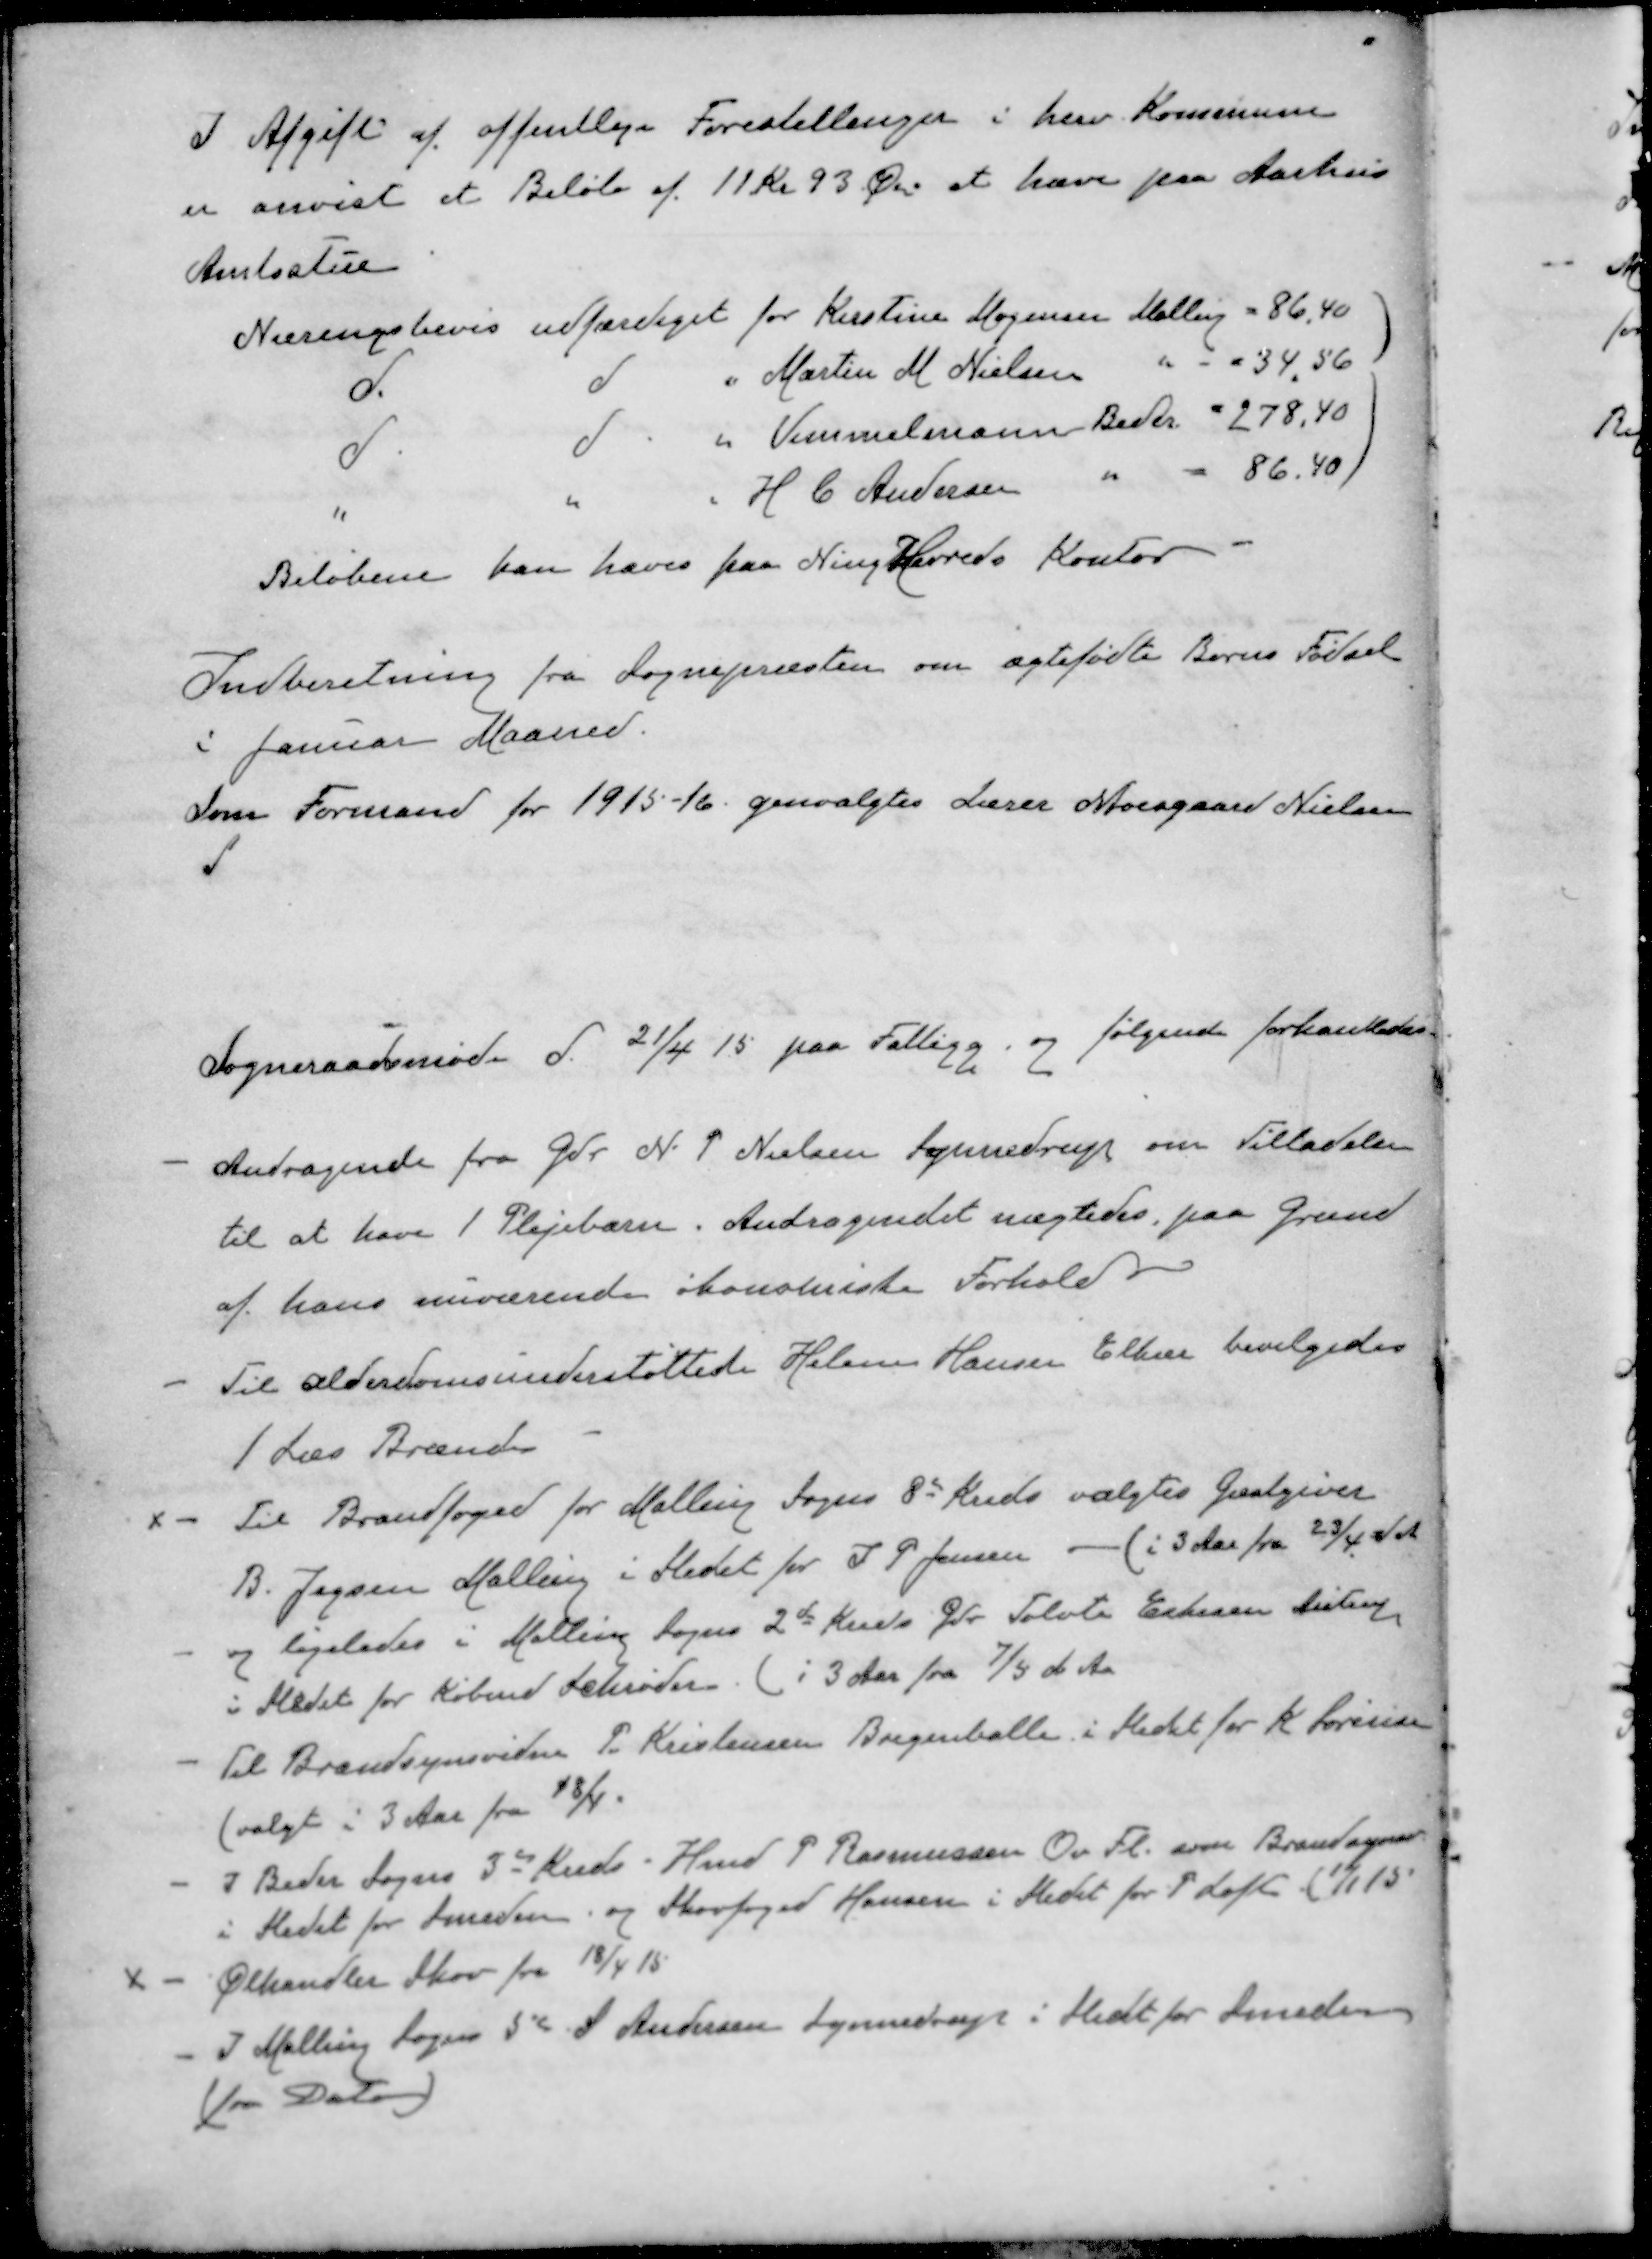
Transskription:
I Afgift af offentlige Forestillinger i herv. Kommune
er anvist et Beløb af 11 Kr 93 Øre at hæve paa Aarhus
Amtsstue
Næringsbevis udfærdiget for Kirstine Mogensen Malling = 86,40
d
d
" Martin M. Nielsen " " 34,56
d
d
" Vemmelmann Beder. " 278,40
"
"
" H. C. Andersen " 86.40)
Beløbene kan haves paa Ning Herreds Kontor
Indberetning fra Sognepræsten om ægtefødte Børns Fødsel
i Januar Maaned.
Som Formand for 1915-16 genvalgtes Lærer Moesgaard Nielsen
Sogneraadsmøde d. 21/4 15 paa Fattigg og følgende forhandledes
- Andragende fra Gdr. N. P. Nielsen Synnedrup om Tilladelse
til at have 1 Plejebarn. Andragendet nægtedes paa Grund
af hans nuværende økonomiske Forhold
- Til alderdomsunderstøttede Holm Hansen Elkær bevilgedes
1 Læs Brænde
- Til Brandfoged for Malling Sogns 8de Kreds valgtes Gæstgiver
B. Jensen Malling i Stedet for I P Jensen - (i 3 Aar fra 23/4 d A
og ligeledes i Malling Sogns 2de Kreds Gdr. Tolvte Eskesen Aiustrup
i Stedet for Købmd Schrøder. (i 3 Aar fra 7/5 d. Aa
- Til Brandsynsvidne P. Kristensen Bregenballe i Stedet for K. Sørensen
(valgt i 3 Aar fra 18/4.
- I Beder Sogns 3de Kreds Hmd P Rasmussen Ov Fl. som Brandsynsv
i Stedet for Smeden og Skovfoged Hansen i Stedet for P Loft ( 1/115
- Ølhandler Skov fra 18/4 15
- I Malling Sogns 5d S Andersen Synnedrup i Stedet for Smeden
(fra Dato)